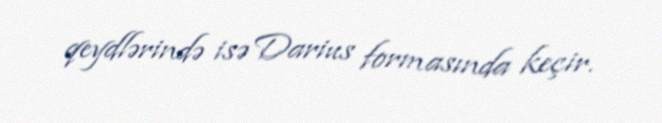
qeydlərində isə Darius formasında keçir.